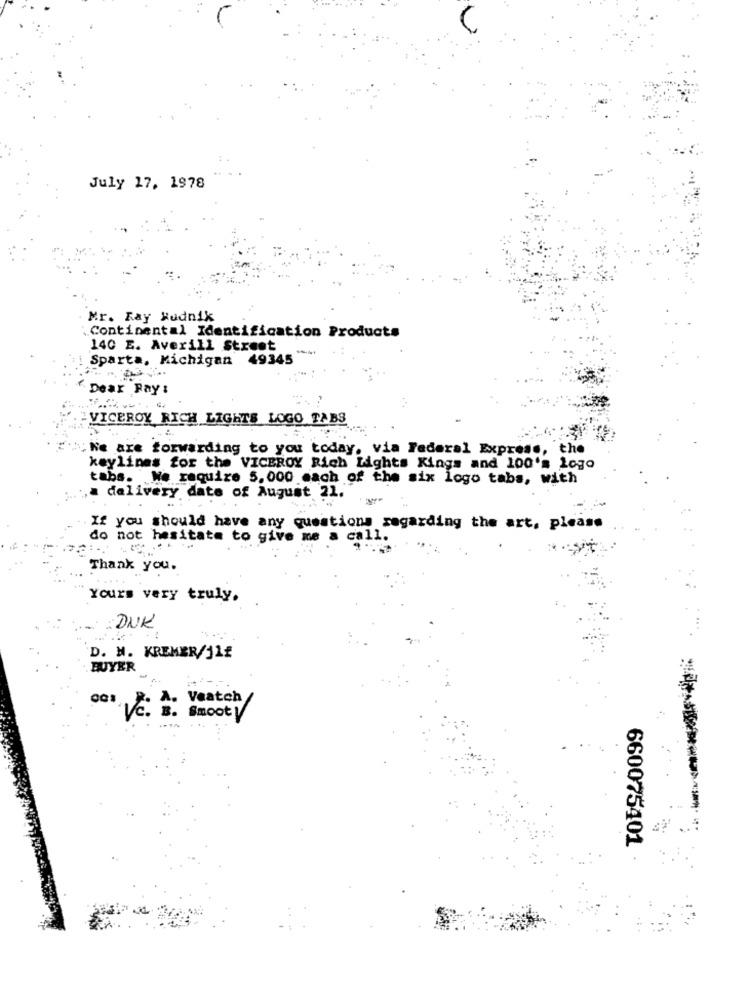
July 17, 1978
Mr. Ray Rudnik
Continental Identification Products
140 E. Averill Street
Sparta, Michigan 49345
Dear Ray :
VICEROY RICH LIGHTS LOGO TABS
" We are forwarding to you today, via Federal Express, the
keylines for the VICEROY Rich Lights Kings and 100's Logo
tabs. We require 5. 000 mach of the six logo tabs, with
a delivery date of August 21.
If you should have any questions regarding the art, please
do not hesitate to give me a call.
: . ..
Thank you.
Yours very truly.
DUK
D. H. KREMER/11£
BUYER
os Vc. A. Veatch
Smoot
660075401